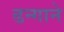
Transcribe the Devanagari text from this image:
ढन्गाने